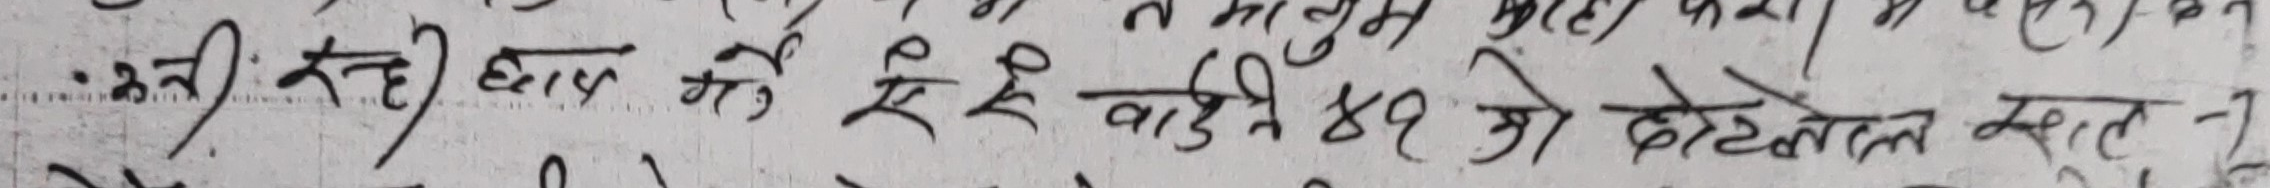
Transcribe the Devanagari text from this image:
रहन्छ)। बासको ऐले वाडिन ४९ ओ ढोटेखाल